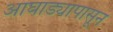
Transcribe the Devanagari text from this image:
आघाड्यापासून